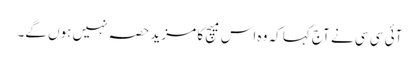
آئی سی سی نے آج کہا کہ وہ اس میچ کا مزید حصہ نہیں ہوں گے۔